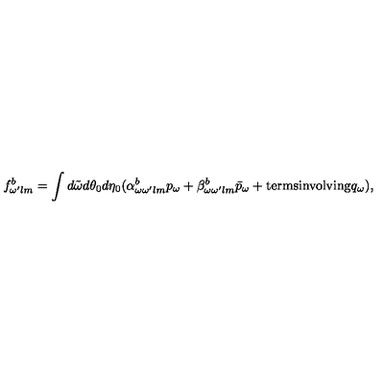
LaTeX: f _ { \omega ^ { \prime } l m } ^ { b } = \int d \tilde { \omega } d \theta _ { 0 } d \eta _ { 0 } ( \alpha _ { \omega \omega ^ { \prime } l m } ^ { b } p _ { \omega } + \beta _ { \omega \omega ^ { \prime } l m } ^ { b } \bar { p } _ { \omega } + \mathrm { t e r m s i n v o l v i n g } q _ { \omega } ) ,